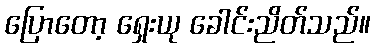
ပြောတော့ ရှေးယု ခေါင်းညိတ်သည်။